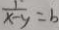
\frac { 1 } { x - y } = b